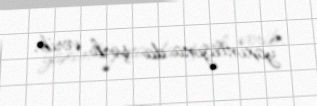
yaxınlığına da şərh verib.